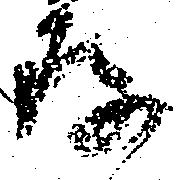
存